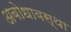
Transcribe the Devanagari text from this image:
अबोधावस्था